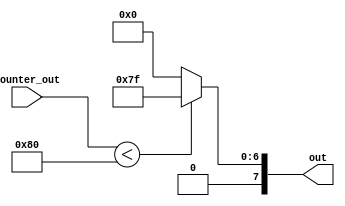
module Square(counter_out, out);
    input [7:0] counter_out;
    output reg [7:0] out;
    always @(counter_out) begin
        out = counter_out < 128 ? 8'b1111111 : 8'b0;
    end
endmodule